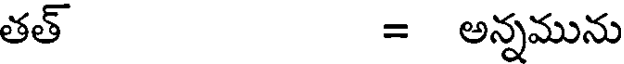
తత్ = అన్నమును